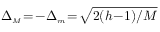
\Delta _ { { \scriptscriptstyle M } } \! = \! - \Delta _ { { \scriptscriptstyle m } } \! = \! \sqrt { 2 ( h \! - \! 1 ) / M }